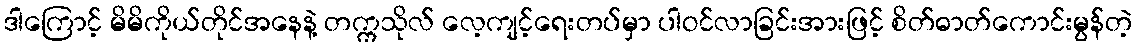
ဒါကြောင့် မိမိကိုယ်တိုင်အနေနဲ့ တက္ကသိုလ် လေ့ကျင့်ရေးတပ်မှာ ပါဝင်လာခြင်းအားဖြင့် စိတ်ဓာတ်ကောင်းမွန်တဲ့